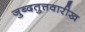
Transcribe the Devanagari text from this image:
जुब्दतुत्तवारीख